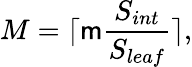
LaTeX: M=\lceil\mathsf{m}\frac{{S_{int}}}{{S_{leaf}}}\rceil,